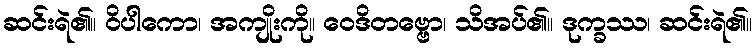
ဆင်းရဲ၏။ ဝိပါကော၊ အကျိုးကို။ ဝေဒိတဗ္ဗော၊ သိအပ်၏။ ဒုက္ခဿ၊ ဆင်းရဲ၏။